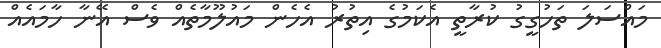
މައްސަލަ ތަހުގީގު ކުރާތީ އެކަމުގެ އިތުރު އެހެން މައުލޫމާތެއް ވެސް އޭނާ ހާމައެއް